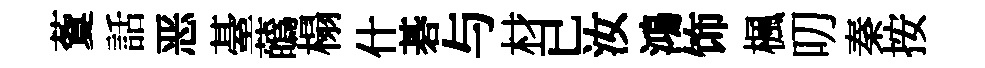
藑話恶䑓蘤榻什碁与材已汝鴻饰楓叨秦按